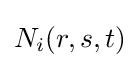
N_{i}(r,s,t)